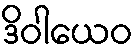
ဒိဝါယေဝ